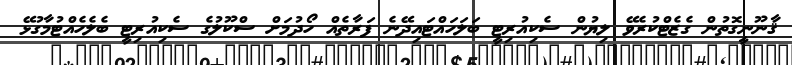
ޤާނޫނީގޮތުން ގެޒެޓްކުރެވޭ ލިޔުން ސެކިއުރިޓީ ބަލަހައްޓައިދޭނެ ފަރާތެއް ހޯދުމަށް ސްކޫލުގެ ސެކިއުރިޓީ ބެލެހެއްޓުމާގުޅޭ